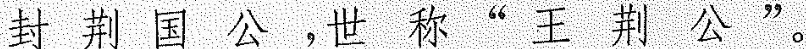
封荆国公，世称"王荆公"。